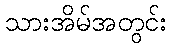
သားအိမ်အတွင်း